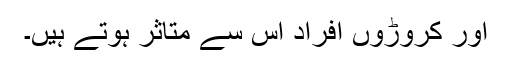
اور کروڑوں افراد اس سے متاثر ہوتے ہیں۔